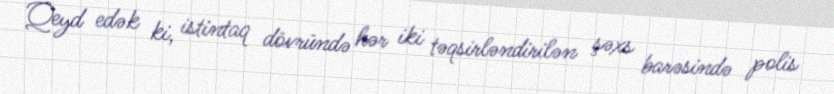
Qeyd edək ki, istintaq dövründə hər iki təqsirləndirilən şəxs barəsində polis